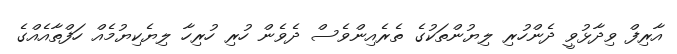
އާރިފް ވިދާޅުވީ ދެންހުރި ލިޔުންތަކުގެ ތެރެއިންވެސް ދެވެން ހުރި ހުރިހާ ލިޔެކިޔުމެއް ހަފްތާއެއްގެ